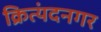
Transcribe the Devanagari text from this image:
क्रित्यंदनगर